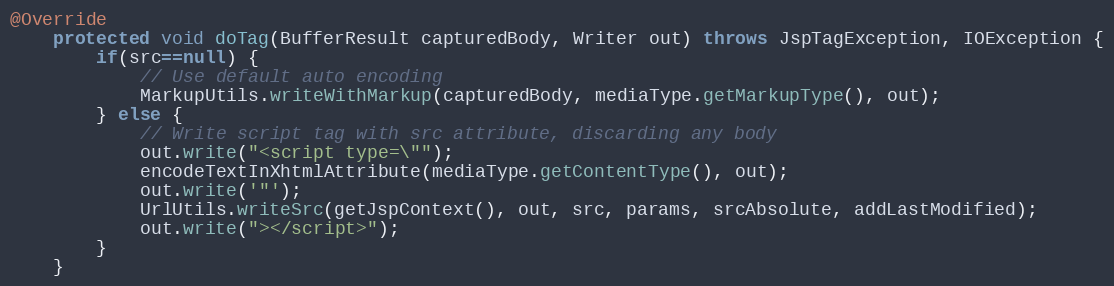
Language: Java
@Override
	protected void doTag(BufferResult capturedBody, Writer out) throws JspTagException, IOException {
		if(src==null) {
			// Use default auto encoding
			MarkupUtils.writeWithMarkup(capturedBody, mediaType.getMarkupType(), out);
		} else {
			// Write script tag with src attribute, discarding any body
			out.write("<script type=\"");
			encodeTextInXhtmlAttribute(mediaType.getContentType(), out);
			out.write('"');
			UrlUtils.writeSrc(getJspContext(), out, src, params, srcAbsolute, addLastModified);
			out.write("></script>");
		}
	}